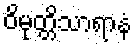
ဝိမုတ္တိသာရာနံ